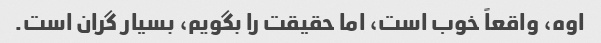
اوه، واقعاً خوب است، اما حقیقت را بگویم، بسیار گران است.